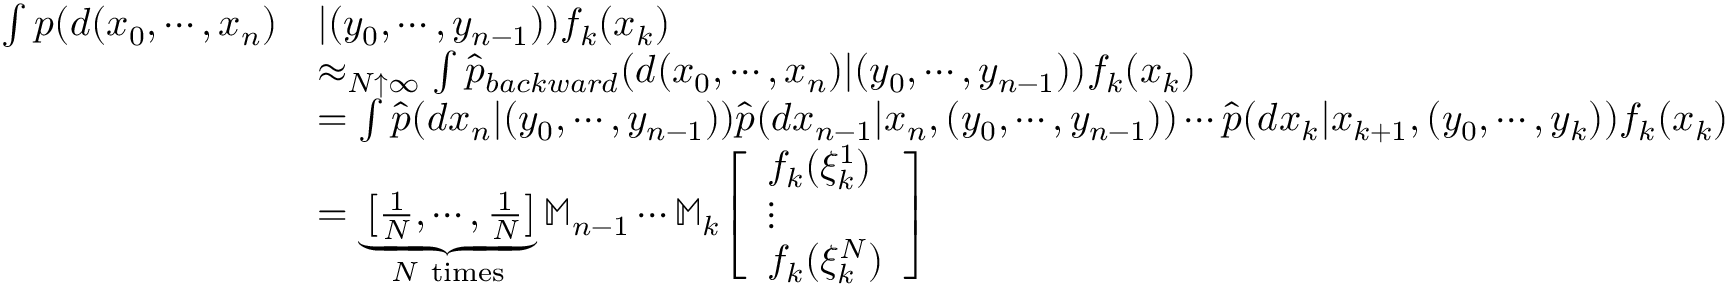
{ \begin{array} { r l } { \int p ( d ( x _ { 0 } , \cdots , x _ { n } ) } & { | ( y _ { 0 } , \cdots , y _ { n - 1 } ) ) f _ { k } ( x _ { k } ) } \\ & { \approx _ { N \uparrow \infty } \int { \widehat { p } } _ { b a c k w a r d } ( d ( x _ { 0 } , \cdots , x _ { n } ) | ( y _ { 0 } , \cdots , y _ { n - 1 } ) ) f _ { k } ( x _ { k } ) } \\ & { = \int { \widehat { p } } ( d x _ { n } | ( y _ { 0 } , \cdots , y _ { n - 1 } ) ) { \widehat { p } } ( d x _ { n - 1 } | x _ { n } , ( y _ { 0 } , \cdots , y _ { n - 1 } ) ) \cdots { \widehat { p } } ( d x _ { k } | x _ { k + 1 } , ( y _ { 0 } , \cdots , y _ { k } ) ) f _ { k } ( x _ { k } ) } \\ & { = \underbrace { \left[ { \frac { 1 } { N } } , \cdots , { \frac { 1 } { N } } \right] } _ { N { \mathrm { ~ t i m e s } } } \mathbb { M } _ { n - 1 } \cdots \mathbb { M } _ { k } { \left[ \begin{array} { l } { f _ { k } ( \xi _ { k } ^ { 1 } ) } \\ { \vdots } \\ { f _ { k } ( \xi _ { k } ^ { N } ) } \end{array} \right] } } \end{array} }